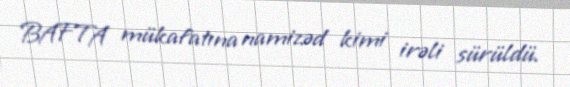
BAFTA mükafatına namizəd kimi irəli sürüldü.